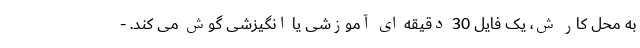
به محل کار ش، یک فایل 30 دقیقه ای آموزشی یا انگیزشی گوش می کند. -